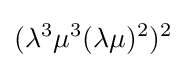
(\lambda ^{3}\mu ^{3}(\lambda \mu )^{2})^{2}